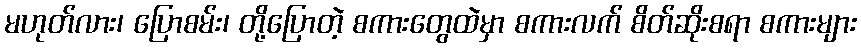
မဟုတ်လား၊ ပြောစမ်း၊ တို့ပြောတဲ့ စကားတွေထဲမှာ စကားလက် စိတ်ဆိုးစရာ စကားများ